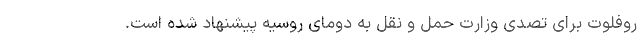
روفلوت برای تصدی وزارت حمل و نقل به دومای روسیه پیشنهاد شده است.